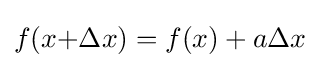
f(x{+}\Delta x)=f(x)+a\Delta x